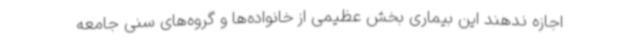
اجازه ندهند این بیماری بخش عظیمی از خانواده‌ها و گروه‌های سنی جامعه